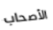
الأصحاب